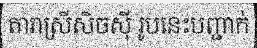
តារាស្រីសិចស៊ី រូបនេះបញ្ជាក់